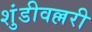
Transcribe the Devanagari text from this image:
शुंडीवल्लरी